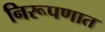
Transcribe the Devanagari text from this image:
निरूपणात